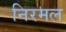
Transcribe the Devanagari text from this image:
निरमल